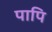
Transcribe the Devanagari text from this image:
पापि